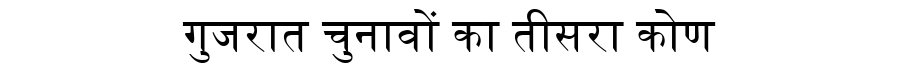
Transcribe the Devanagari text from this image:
गुजरात चुनावों का तीसरा कोण